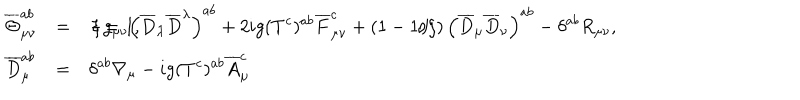
LaTeX: \begin{array} { l l l } { { \displaystyle \overline { { { \Theta } } } _ { \mu \nu } ^ { a b } } } & { { = } } & { { \displaystyle - g _ { \mu \nu } \left( \overline { { { D } } } _ { \lambda } \overline { { { D } } } ^ { \lambda } \right) ^ { a b } + 2 i g ( T ^ { c } ) ^ { a b } \overline { { { F } } } _ { \mu \nu } ^ { c } + \left( 1 - { 1 / \xi } \right) \left( \overline { { { D } } } _ { \mu } \overline { { { D } } } _ { \nu } \right) ^ { a b } - \delta ^ { a b } R _ { \mu \nu } , \hspace { 5 m m } \xi = 1 , } } \\ { { \displaystyle \overline { { { D } } } _ { \mu } ^ { a b } } } & { { = } } & { { \displaystyle \delta ^ { a b } \nabla _ { \mu } - i g ( T ^ { c } ) ^ { a b } \overline { { { A } } } _ { \mu } ^ { c } } } \\ \end{array}